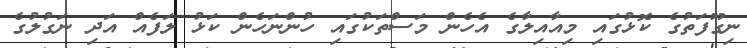
ނިގޫފަތުގެ ކޮޅުގައި މިއާއިލާގެ އެހެން މަސްތަކުގައި ހުންނަހެން ކަޅު ލަފެއް އަދި ނަގުލުގެ